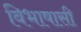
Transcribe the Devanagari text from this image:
विभाषासी